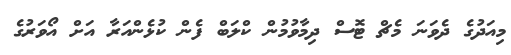
މިއަދުގެ ދެވަނަ މެޗް ޓޮސް ދިމާވުމުން ކްލަބް ފެން ކުޅެންއަރާ އަށް އޯވަރުގެ